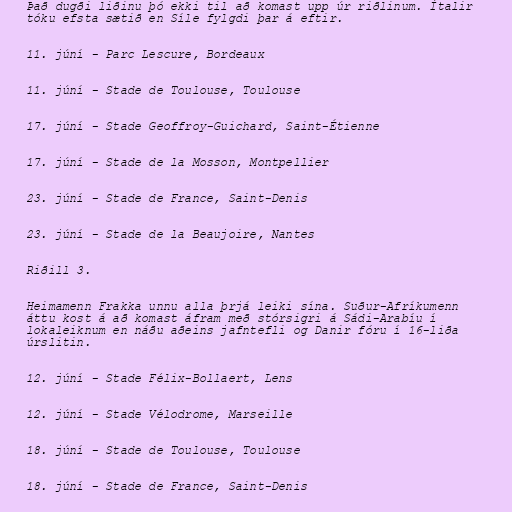
Það dugði liðinu þó ekki til að komast upp úr riðlinum. Ítalir
tóku efsta sætið en Síle fylgdi þar á eftir.

11. júní - Parc Lescure, Bordeaux

11. júní - Stade de Toulouse, Toulouse

17. júní - Stade Geoffroy-Guichard, Saint-Étienne

17. júní - Stade de la Mosson, Montpellier

23. júní - Stade de France, Saint-Denis

23. júní - Stade de la Beaujoire, Nantes

Riðill 3.

Heimamenn Frakka unnu alla þrjá leiki sína. Suður-Afríkumenn
áttu kost á að komast áfram með stórsigri á Sádi-Arabíu í
lokaleiknum en náðu aðeins jafntefli og Danir fóru í 16-liða
úrslitin.

12. júní - Stade Félix-Bollaert, Lens

12. júní - Stade Vélodrome, Marseille

18. júní - Stade de Toulouse, Toulouse

18. júní - Stade de France, Saint-Denis